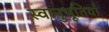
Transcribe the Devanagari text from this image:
स्वानुभूतियाँ